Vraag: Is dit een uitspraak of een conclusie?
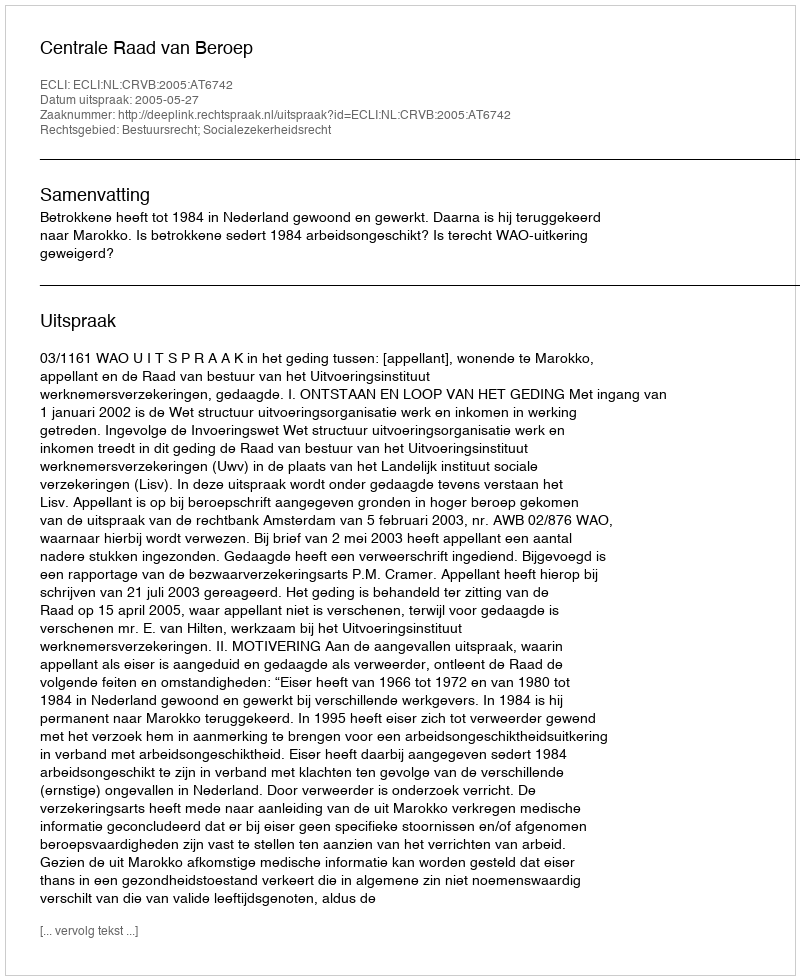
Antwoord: Uitspraak